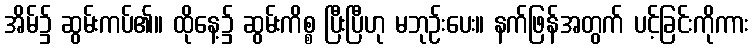
အိမ်၌ ဆွမ်းကပ်၏။ ထိုနေ့၌ ဆွမ်းကိစ္စ ပြီးပြီဟု မဘုဉ်းပေး။ နက်ဖြန်အတွက် ပင့်ခြင်းကိုကား